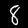
Label: 8